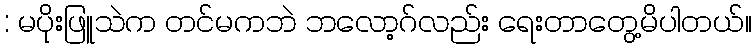
: မပိုးဖြူသဲက တင်မကဘဲ ဘလော့ဂ်လည်း ရေးတာတွေ့မိပါတယ်။